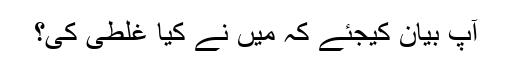
آپ بیان کیجئے کہ میں نے کیا غلطی کی؟